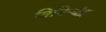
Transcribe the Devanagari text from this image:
विपिन्चंद्र